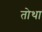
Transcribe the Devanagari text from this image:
तोथा